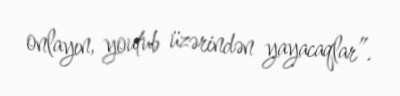
onlayın, youtub üzərindən yayacaqlar”.